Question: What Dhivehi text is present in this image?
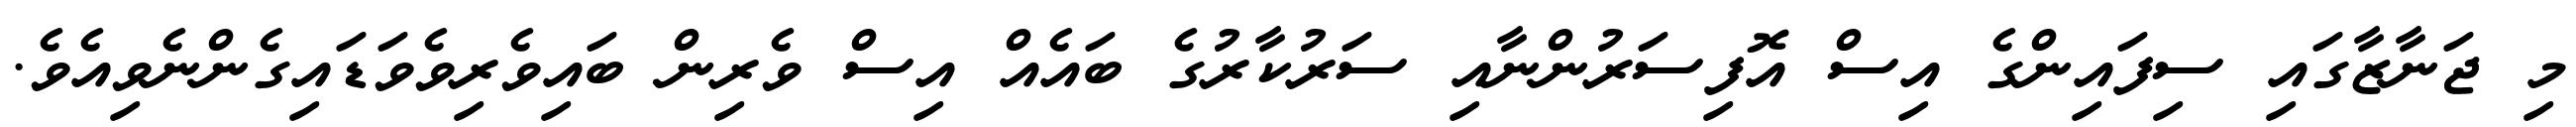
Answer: މި ޖަނާޒާގައި ސިފައިންގެ އިސް އޮފިސަރުންނާއި ސަރުކާރުގެ ބައެއް އިސް ވެރިން ބައިވެރިވެވަޑައިގެންނެވިއެވެ.